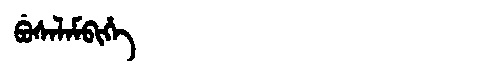
Manchu: ᠪᡠᠰᠠᠯᠠᠮᠪᡳᡥᡝ
Romanization: BUSALAMBIHE